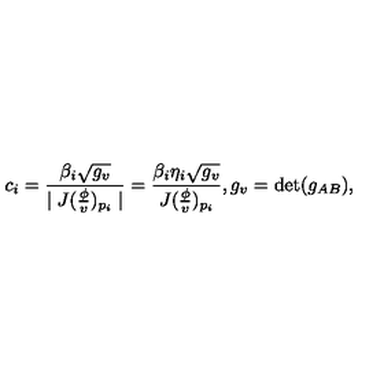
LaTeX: c _ { i } = \frac { \beta _ { i } \sqrt { g _ { v } } } { \mid J ( \frac \phi v ) _ { p _ { i } } \mid } = \frac { \beta _ { i } \eta _ { i } \sqrt { g _ { v } } } { J ( \frac \phi v ) _ { p _ { i } } } , g _ { v } = \det ( g _ { A B } ) ,